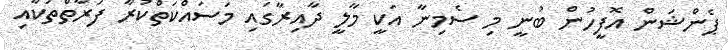
ޕެންޝަން އޮފީހުން ބުނީ މި ސެމިނާ އަކީ މާލީ ދާއިރާގައި މަސައްކަތްކުރާ ފަރާތްތަކާއި